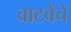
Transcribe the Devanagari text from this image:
वाटवेंचे